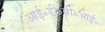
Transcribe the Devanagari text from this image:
आई॰डी॰बी॰आई॰